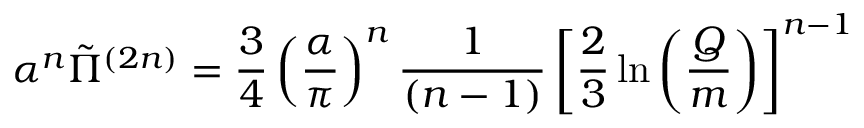
\alpha ^ { n } \tilde { \Pi } ^ { ( 2 n ) } = \frac { 3 } { 4 } \left( \frac { \alpha } { \pi } \right) ^ { n } \frac { 1 } { ( n - 1 ) } \left[ \frac { 2 } { 3 } \ln \left( \frac { Q } { m } \right) \right] ^ { n - 1 }